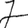
Digit: 7